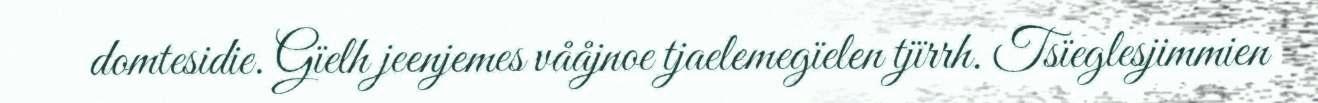
domtesidie. Gïelh jeenjemes vååjnoe tjaelemegïelen tjïrrh. Tsïeglesjimmien